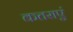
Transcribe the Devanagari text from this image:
कतराएं